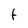
Character: t